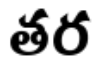
తర